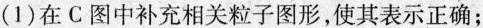
(1)在C图中补充相关粒子图形，使其表示正确；